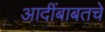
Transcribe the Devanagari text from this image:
आदींबाबतचे